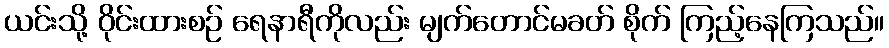
ယင်းသို့ ဝိုင်းထားစဉ် ရေနာရီကိုလည်း မျက်တောင်မခတ် စိုက် ကြည့်နေကြသည်။